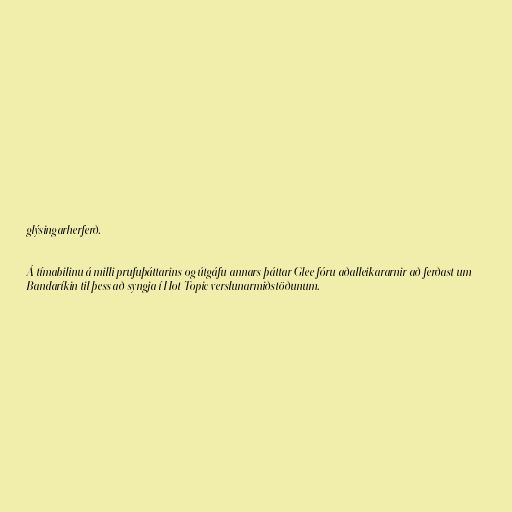
glýsingarherferð.

Á tímabilinu á milli prufuþáttarins og útgáfu annars þáttar Glee fóru aðalleikararnir að ferðast um
Bandaríkin til þess að syngja í Hot Topic verslunarmiðstöðunum.